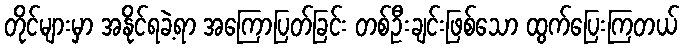
တိုင်များမှာ အနိုင်ရခဲ့ရာ အကြောပြတ်ခြင်း တစ်ဦးချင်းဖြစ်သော ထွက်ပြေးကြတယ်